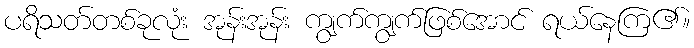
ပရိသတ်တစ်ခုလုံး အုန်းအုန်း ကျွက်ကျွက်ဖြစ်အောင် ရယ်နေကြ၏။